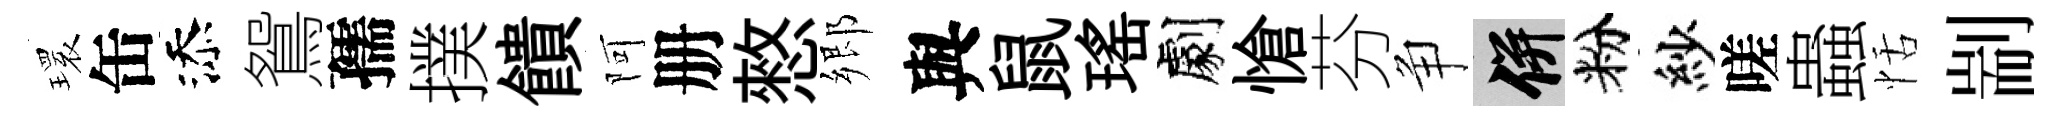
𤨔缶添鴛孺撲饋阿册憗郷與鼠瑤劇愴芬争并粉紗嗟蟲恬剬